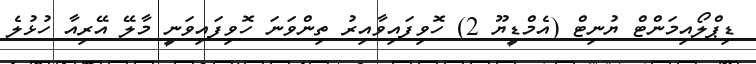
ޑިޕްލޯއިމަންޓް ޔުނިޓް (އެމްޑީޔޫ 2) ހޮވިފައިވާއިރު ތިންވަނަ ހޮވިފައިވަނީ މާލޭ އޭރިއާ ހުޅުލެ